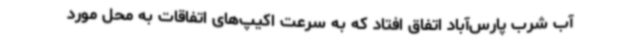
آب شرب پارس‌آباد اتفاق افتاد که به سرعت اکیپ‌های اتفاقات به محل مورد